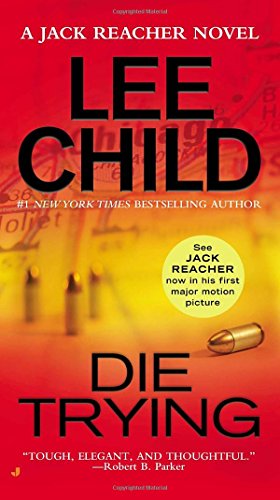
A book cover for Die Trying  (Jack Reacher); Lee Child; Mystery, Thriller & Suspense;